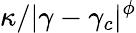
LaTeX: \kappa/|\gamma-\gamma_{c}|^{\phi}